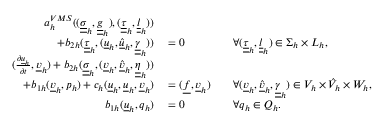
\begin{array} { r l r l r } { a _ { h } ^ { V M S } ( ( \underline { { \underline { { \sigma } } } } _ { h } , \underline { { \underline { { g } } } } _ { h } ) , ( \underline { { \underline { { \tau } } } } _ { h } , \underline { { \underline { { l } } } } _ { h } ) ) } & { { } } & { } & { { } } \\ { + b _ { 2 h } ( \underline { { \underline { { \tau } } } } _ { h } , ( \underline { { u } } _ { h } , \underline { { \hat { u } } } _ { h } , \underline { { \underline { { \gamma } } } } _ { h } ) ) } & { { } = 0 } & { } & { { } \forall ( \underline { { \underline { { \tau } } } } _ { h } , \underline { { \underline { { l } } } } _ { h } ) \in \Sigma _ { h } \times L _ { h } , } & { } \\ { ( \frac { \partial \underline { { u } } _ { h } } { \partial t } , \underline { { v } } _ { h } ) + b _ { 2 h } ( \underline { { \underline { { \sigma } } } } _ { h } , ( \underline { { v } } _ { h } , \underline { { \hat { v } } } _ { h } , \underline { { \underline { { \eta } } } } _ { h } ) ) } & { { } } & { } & { { } } \\ { + b _ { 1 h } ( \underline { { v } } _ { h } , p _ { h } ) + c _ { h } ( \underline { { u } } _ { h } , \underline { { u } } _ { h } , \underline { { v } } _ { h } ) } & { { } = ( \underline { { f } } , \underline { { v } } _ { h } ) } & { } & { { } \forall ( \underline { { v } } _ { h } , \underline { { \hat { v } } } _ { h } , \underline { { \underline { { \gamma } } } } _ { h } ) \in V _ { h } \times \hat { V } _ { h } \times W _ { h } , } & { } \\ { b _ { 1 h } ( \underline { { u } } _ { h } , q _ { h } ) } & { { } = 0 } & { } & { { } \forall q _ { h } \in Q _ { h } . } & { } \end{array}